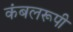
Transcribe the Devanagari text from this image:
कंबलरूपी